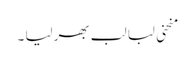
منحنی لبا لب بھر لیا ۔